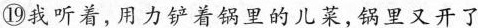
⑲我听着,用力铲着锅里的儿菜,锅里又开了